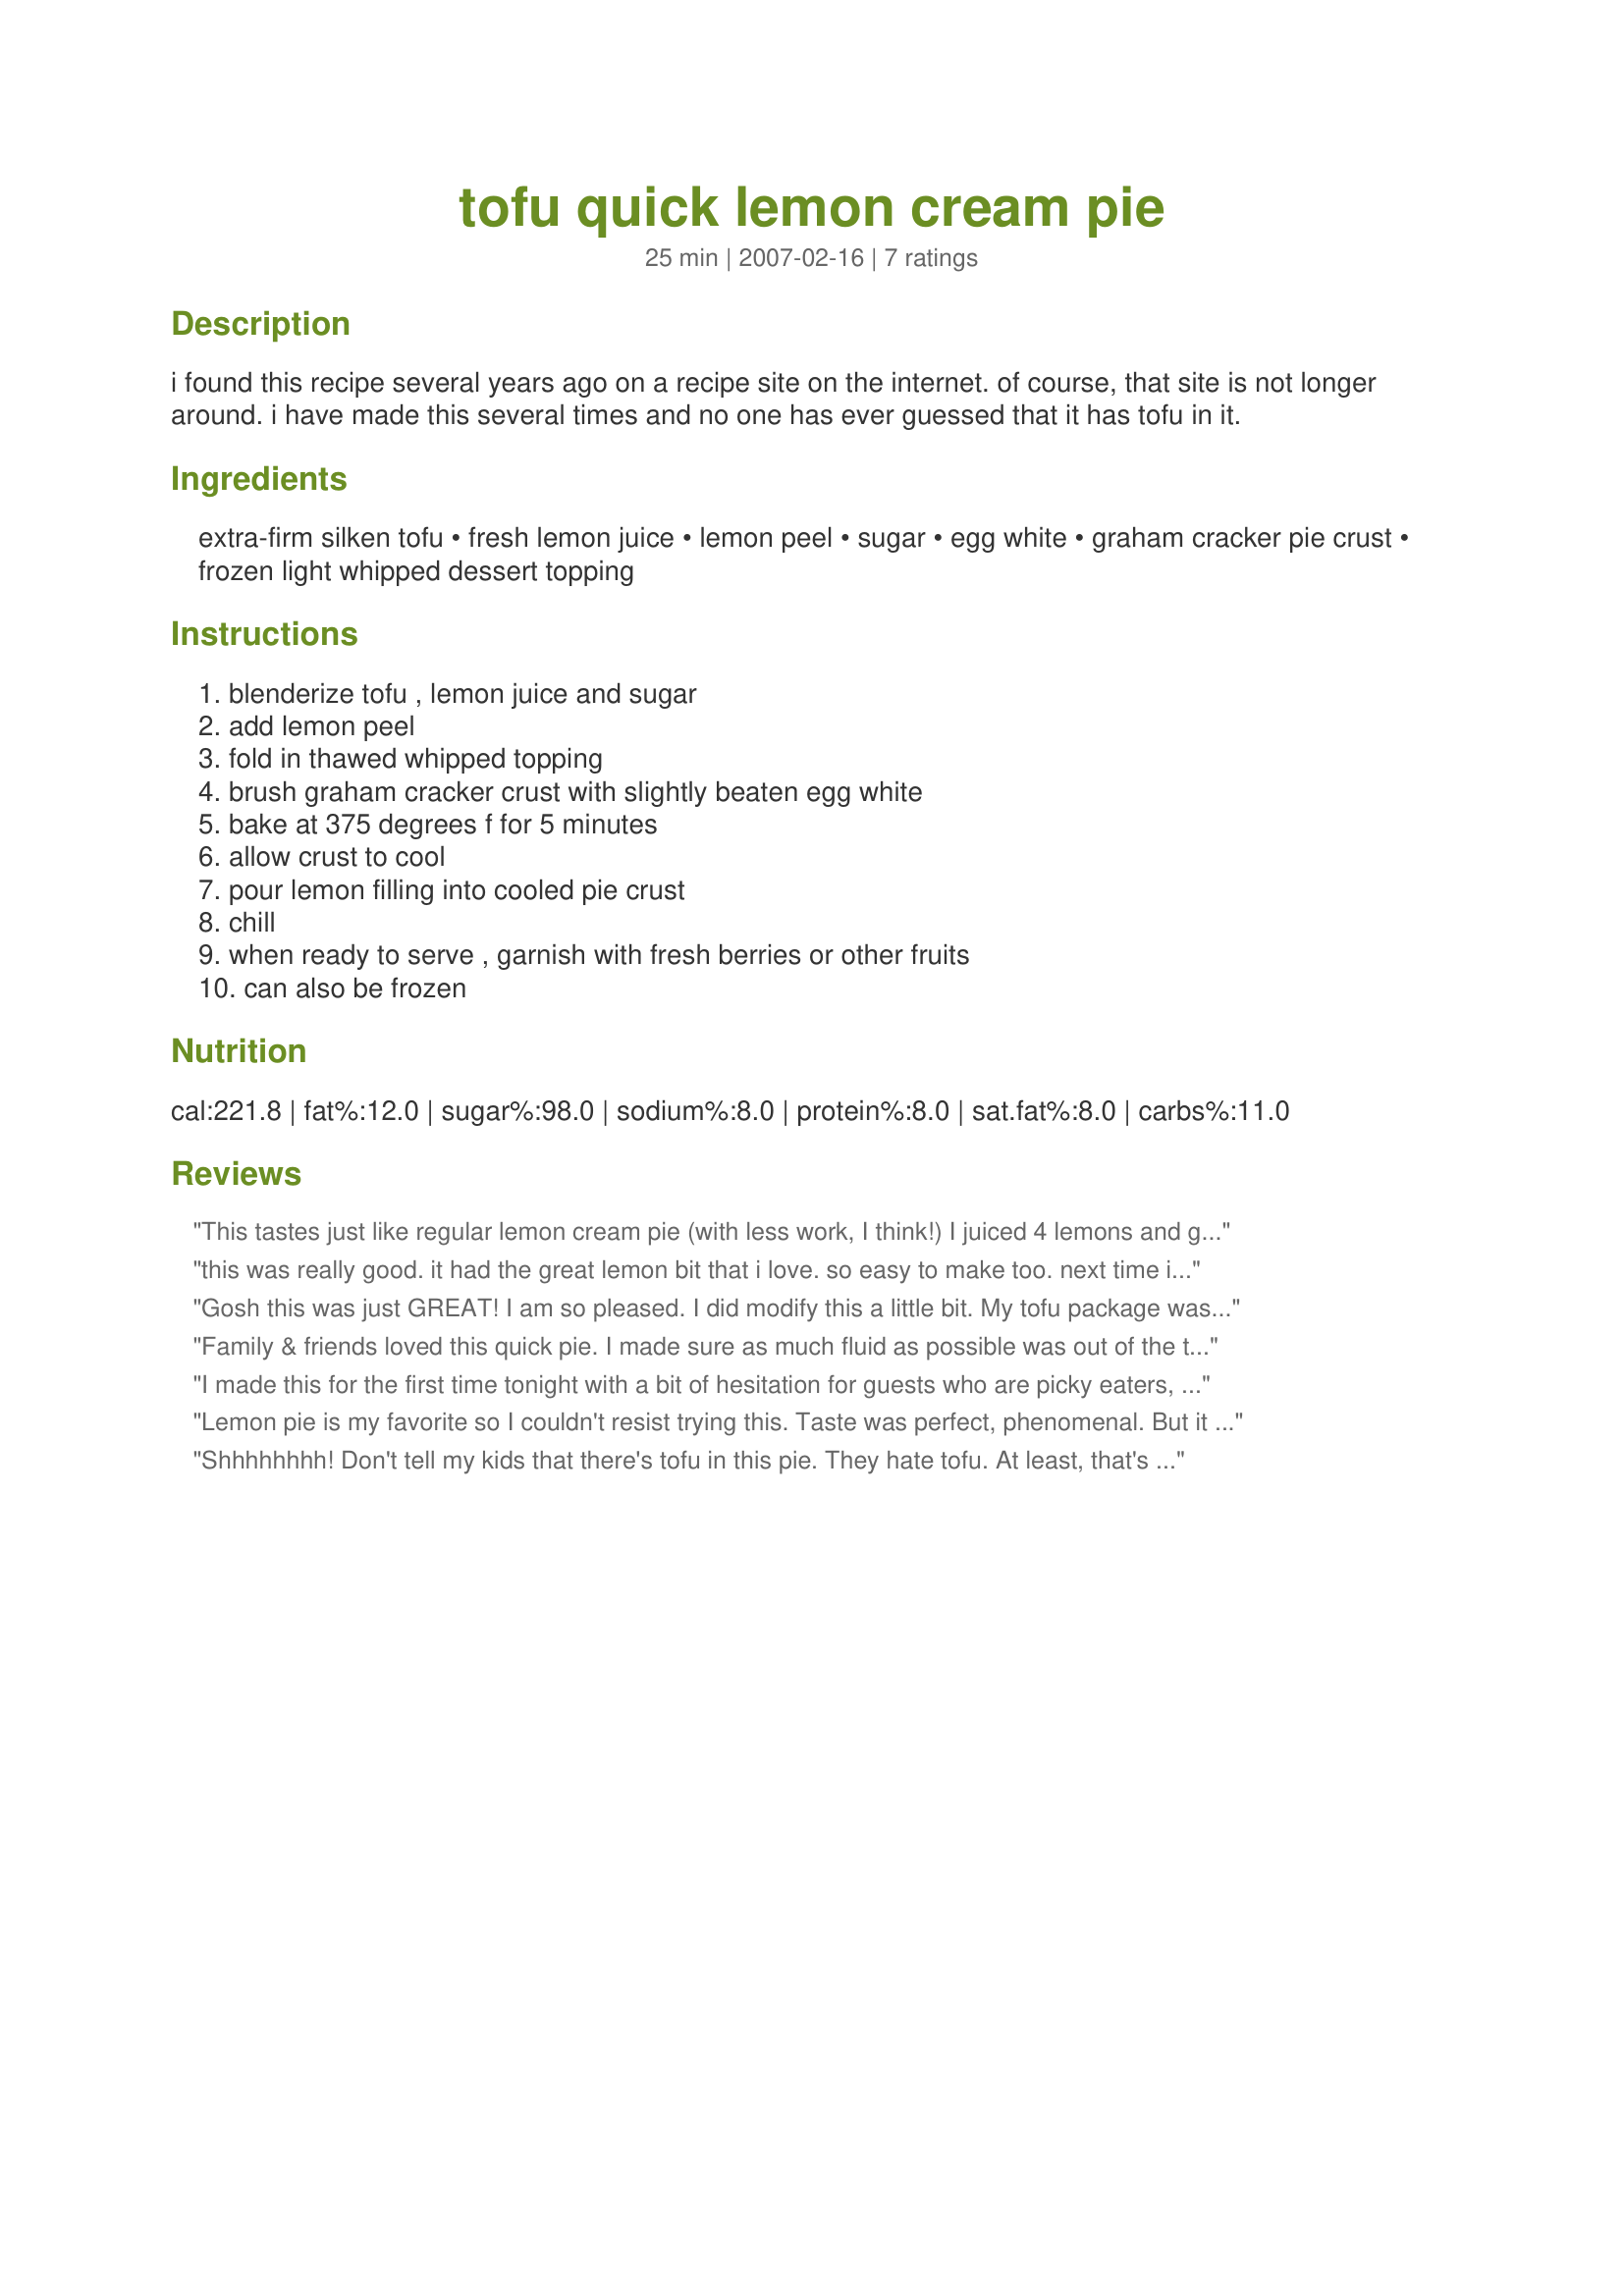
tofu quick lemon cream pie
Preparation time: 25 minutes

i found this recipe several years ago on a recipe site on the internet. of course, that site is not longer around. i have made this several times and no one has ever guessed that it has tofu in it.

Ingredients:
extra-firm silken tofu, fresh lemon juice, lemon peel, sugar, egg white, graham cracker pie crust, frozen light whipped dessert topping

Steps:
blenderize tofu , lemon juice and sugar, add lemon peel, fold in thawed whipped topping, brush graham cracker crust with slightly beaten egg white, bake at 375 degrees f for 5 minutes, allow crust to cool, pour lemon filling into cooled pie crust, chill, when ready to serve , garnish with fresh berries or other fruits, can also be frozen

Reviews:
This tastes just like regular lemon cream pie (with less work, I think!) I juiced 4 lemons and got just over 1/2 C and grated 1 lemon's peel. I eyeballed the Coolwhip as I had a 16 oz container. The only noticeable difference from store bought is that it isn't as "yellow", but I'm not going to put in food coloring! :yuch: Thanks for a great way to use my tofu and get protein all in one!
this was really good. it had the great lemon bit that i love. so easy to make too. next time i might use the whole container of tofu and just add a little bit more of everything else because it didn't fill up the crust like i would have liked.
Gosh this was just GREAT! I am so pleased. I did modify this a little bit. My tofu package was a 12 oz "light, firm." I used Splenda in place of sugar, and Cool Whip Free. I skipped the crust and used the pie filling in parfaits with cherries and some crunchy bran cereal. A great healthy treat, thank you!
Family & friends loved this quick pie. I made sure as much fluid as possible was out of the tofu and cheated a little by adding about two tablespoons of instant pudding to be sure it would jell. I used cheesecake flavor because that's what I found first. Mixed it all with my hand mixer and the texture was fine. I also added a bit of lemon peel seasoning from my spice rack to make sure it was really lemony. Made in the morning and served early evening.
I made this for the first time tonight with a bit of hesitation for guests who are picky eaters, including my husband who does NOT like lemon in any foods. Not only was it absolutely delicious, even the picky eaters thought it was wonderful. Until I told them it was tofu....they then tried to pick it apart but could not. I had their attention with a fabulous light dessert and they just couldn&#039;t say anything against it. I used tofu that had been in my freezer for 7 months and let it thaw overnight. I had a pkg of silken and pkg of regular tofu. I used my Ninja blender for the 2 different varieties of tofu and the lemon rind; I my used my Jack LaLainne juicer for the lemon juice. And I would strongly suggest using the egg white directions for the crust as the recipe suggests; as the store-bought graham cracker crust was truly made excellent after baking it with the eggwhite. It became very crunchy, a perfect pairing with the lemon filling. I followed another reviewer&#039;s suggestion and added 2 tbsp. of instant lemon pudding &quot;just in case&quot; it didn&#039;t stand. I then froze it for an hour until it was ready to eat. I only had an hour. I think more time in the freezer would have held better. But also I strongly suggest to put the tofu into a strainer and squeeze ALL the water out of it first as I did. So go ahead and use that frozen tofu you didn&#039;t know what to do with and you have a quick and excellent pie. I topped it with extra cool-whip and strawberries, raspberries and kiwi for decoration. So pretty and so excellent. Diet starts tomorrow.
Lemon pie is my favorite so I couldn't resist trying this. Taste was perfect, phenomenal. But it never set up. Stayed very very runny. So I ended up just mushing the crust up with the filling and spooning the concoction into dessert dishes. Can't say I didn't eat it all! Just wish I knew why it never firmed up.
Shhhhhhhh! Don't tell my kids that there's tofu in this pie. They hate tofu. At least, that's what they say, they don't realize they're getting it at the table in one form or another at least once a week. This recipe is the perfect way to hide tofu. Even if you don't want to hide it, it's the perfect recipe to showcase it! I made my own cookie crust, used a huge lemon right off my neighbor's tree and didn't even measure the peel, just Microplaned the zest off that lemon. I didn't have any frozen whipped topping so I just whipped up 1 cup of heavy cream and folded it into the lemon-tofu yumminess. As I didn't bake the cookie crust, the whole recipe took me less than 10 minutes to make before I put it in the fridge. We had it for dessert the next day with fresh fruit salad on the side. Huge hit! I am most certainly going to be making this one often!
